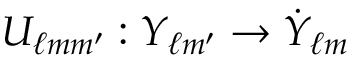
U _ { \ell m m ^ { \prime } } : Y _ { \ell m ^ { \prime } } \rightarrow \dot { Y } _ { \ell m }